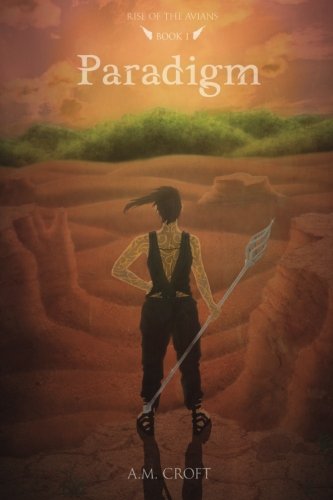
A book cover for Paradigm (Rise of the Avians) (Volume 1); A M Croft; Science Fiction & Fantasy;